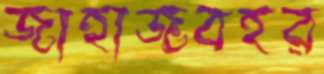
জাহাজবহর